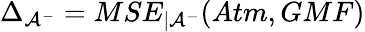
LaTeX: \Delta_{\mathcal{A^{-}}}=MSE_{|\mathcal{A^{-}}}(Atm,GMF)